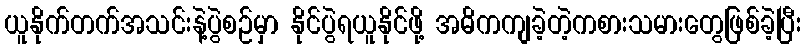
ယူနိုက်တက်အသင်းနဲ့ပွဲစဉ်မှာ နိုင်ပွဲရယူနိုင်ဖို့ အဓိကကျခဲ့တဲ့ကစားသမားတွေဖြစ်ခဲ့ပြီး